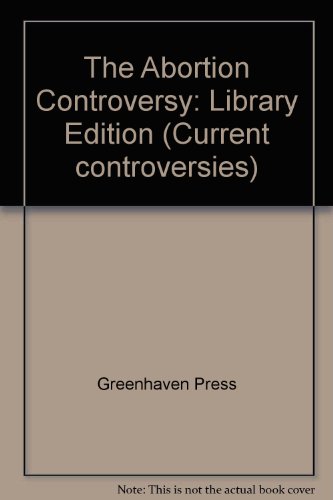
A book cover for The Abortion Controversy (Current Controversies); Charles P. Cozic; Teen & Young Adult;